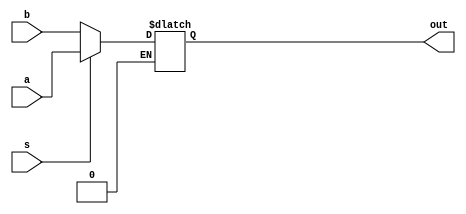
`timescale 1ns / 1ps

module mux_2_to_1(out,a,b,s);
  input a, b, s;
  output reg out;
  
  always@(s, a, b) begin
  if(s == 1'b1)
    out <= a;
  else if (s == 1'b0)
  	out <= b;
  end
endmodule